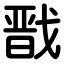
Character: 戬